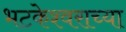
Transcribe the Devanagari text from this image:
भटकेश्वराच्या